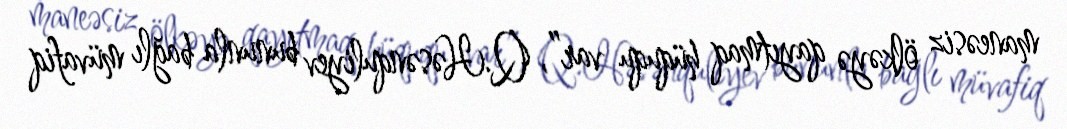
maneəsiz ölkəyə qayıtmaq hüququ var”, Q.Həsənquliyev bununla bağlı müvafiq